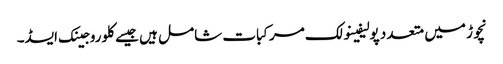
نچوڑ میں متعدد پولیفینولک مرکبات شامل ہیں جیسے کلوروجینک ایسڈ۔